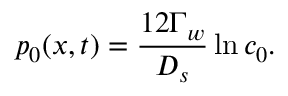
p _ { 0 } ( x , t ) = \frac { 1 2 \Gamma _ { w } } { D _ { s } } \ln c _ { 0 } .